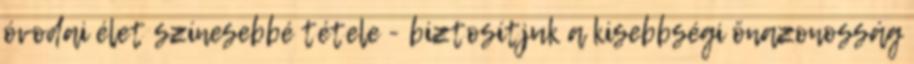
óvodai élet színesebbé tétele - biztosítjuk a kisebbségi önazonosság